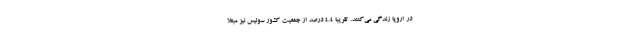
در اروپا زندگی می‌کنند. تقریباً ۴.۴ درصد از جمعیت کشور سوئیس نیز مبتلا